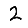
Digit: 2